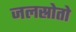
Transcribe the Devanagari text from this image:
जलस्रोतो